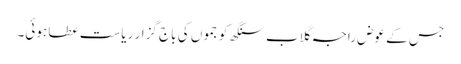
جس کے عوض راجہ گلاب سنگھ کو جموں کی باج گزار ریاست عطا ہوئی۔